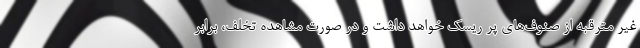
غیر مترقبه از صنوف‌های پر ریسک خواهد داشت و در صورت مشاهده تخلف، برابر